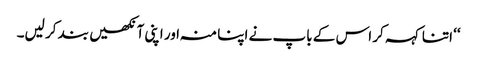
‘‘ اتنا کہہ کر اس کے باپ نے اپنا منہ اور اپنی آنکھیں بند کر لیں۔